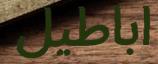
اباطيل